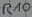
Text: R10